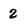
Character: 2